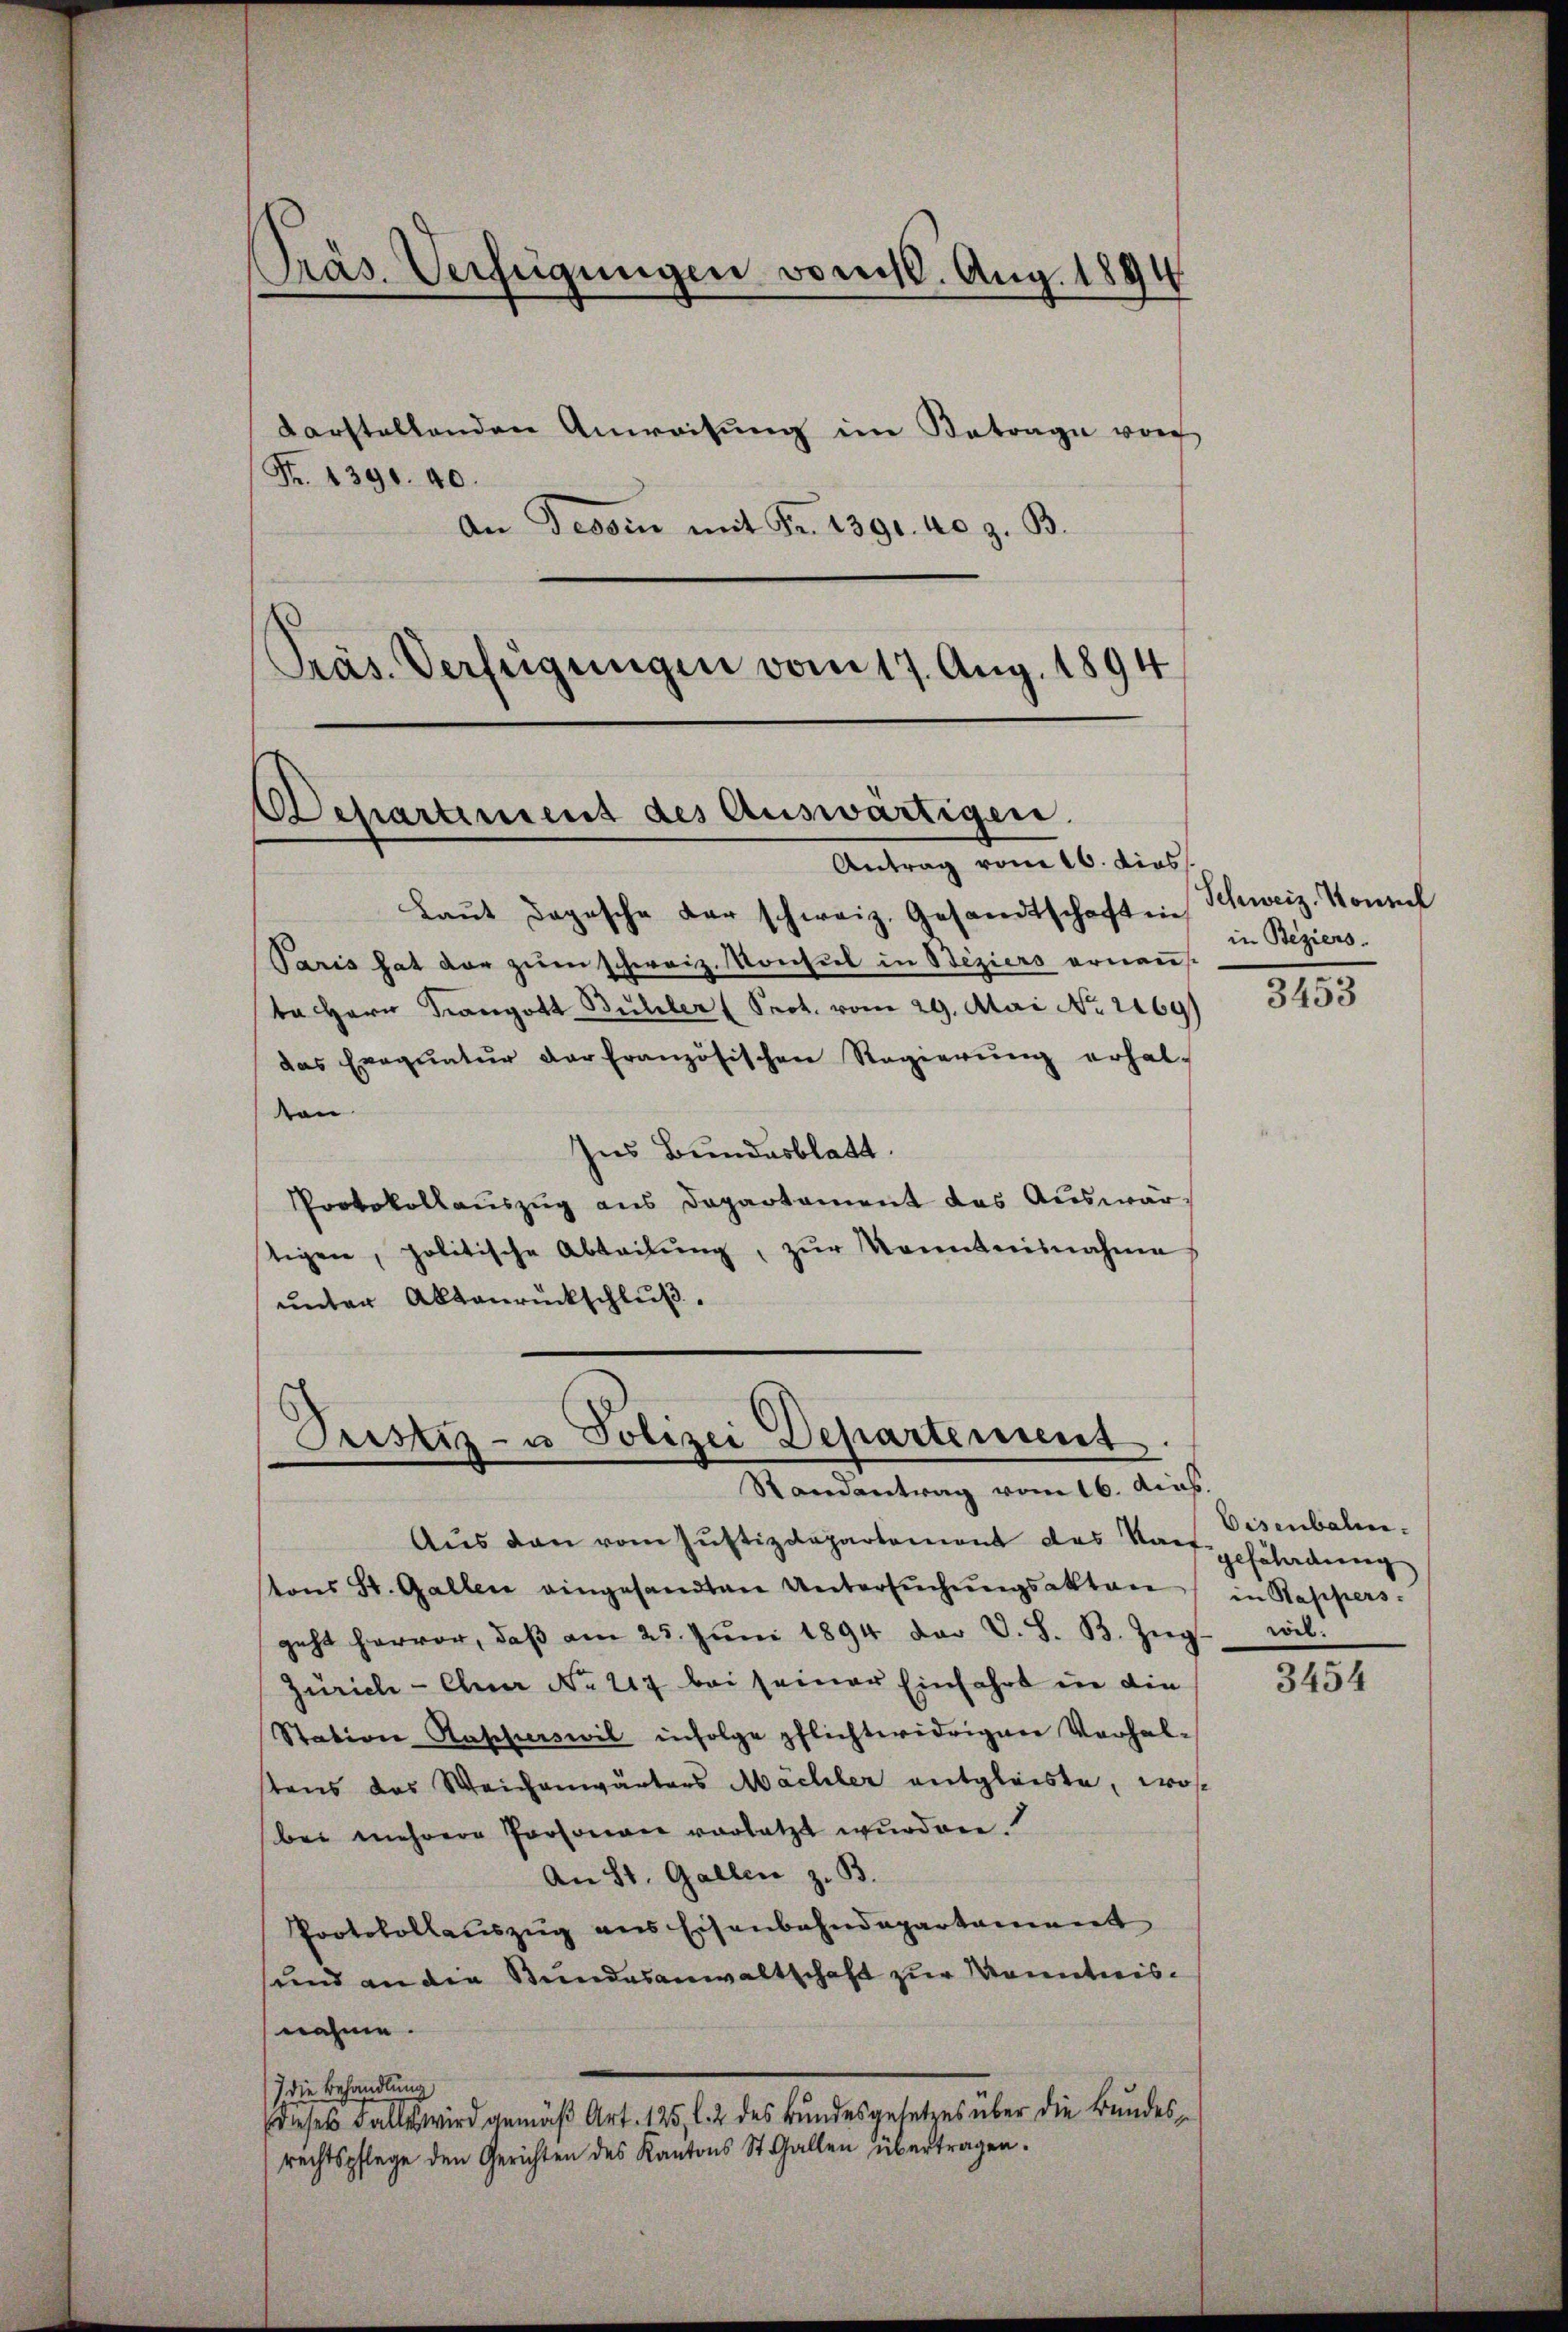
Präs. Verfügungen vom 10. Aug. 1894
darstellenden Anweisŭng im Betrage von
Fr. 1390. 40.

An Tessin mit Fr. 1391. 40 z. B.
Präs. Verfügungen vom 17. Aug. 1894

Departement des Auswärtigen.
Antrag vom 16. dies

Laŭt dopesche der schweiz. Gesandtschaften
Paris hat der zum schweiz. Konsul in Beziers erneus
ba Herr Drangott Bühler (Prot. vom 29. Mai No 2169)
das Exequatur der französischen Regierŭng erhal-
von
Ins Bundesblatt.
Protokollauszug aus Departament das Auswärtigen, politische Abteilŭng, zŭr Kenntnisnahme
unter Altanrückschluß.

Pustiz- u. Polizei Departement.
Randantrag vom 16. dies.

Aus den vom Justizdepartement das Nach geschadung
tons St. Gallen eingesandten Untersuchungsakten
geht hervor, daβ am 25. Jŭni 1894 der V. S. B. Zŭg wil
Zürich - Euer No 217 bei seiner Einfahrt in die
Station Rapperswil infolge pflichtwidrigen Verhalstens das Weichenwärters Machler entgleiste, wo
bei mehrere Personare vorletzt wurden.
An St. Gallen z. B.
Protokollauszug aus Eisenbahndepartament
und an die Bundesanwaltschaft zur Kenntnisnahme.
) die Behandlung
dieses Falles wird gemäß Art. 125 l. 2 des Bundesgesetzes über die Bundesrechtspflege den Gerichten des Kantons St. Gallen übertragen.

Schweiz. Konsul
in Beziers.

3453

Eisenbalen.
in Kaspers

3454